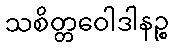
သစိတ္တဝေါဒါနဉ္စ